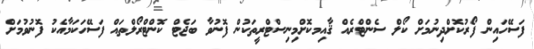
ފަސޭހައިން ފޯރުކޮށްދިނުމަށް ކޯލް ސެންޓްރެއް ޤާއިމކޮށްމިނިސްޓްރީތަކުން ފޮނުވާ ބަޖެޓް ކޮންޓްރޯލްތައް ފަސޭހަކަމާއެކު ފޮނުވުމަށް